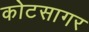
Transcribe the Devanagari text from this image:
कोटसागर